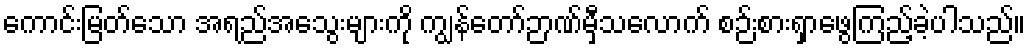
ကောင်းမြတ်သော အရည်အသွေးများကို ကျွန်တော်ဉာဏ်မှီသလောက် စဉ်းစားရှာဖွေကြည့်ခဲ့ပါသည်။